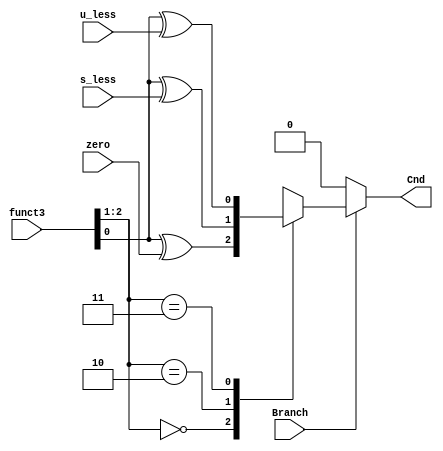
module Branch (
    input            Branch,
    input            zero,
    input            s_less,
    input            u_less,
    input      [2:0] funct3,
    output reg       Cnd
);
/*
 beq : funct3==000 && zero==1      bne : funct3==001 && zero==0
 blt : funct3==100 && s_less==1    bge : funct3==101 && s_less==0
 bltu: funct3==110 && u_less==1    bgeu: funct3==111 && u_less==0
*/

    always @(*) begin
        if (Branch == 1'b1)
            case (funct3[2:1])
                2'b00:   Cnd <= funct3[0] ^ zero;
                2'b10:   Cnd <= funct3[0] ^ s_less;
                2'b11:   Cnd <= funct3[0] ^ u_less;
                default: Cnd <= 1'bx;
            endcase
        else Cnd <= 1'b0;
    end
endmodule